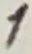
Text: 1